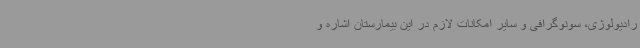
رادیولوژی، سونوگرافی و سایر امکانات لازم در این بیمارستان اشاره و